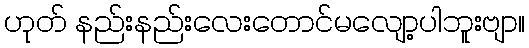
ဟုတ် နည်းနည်းလေးတောင်မလျော့ပါဘူးဗျာ။